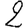
Digit: 2